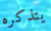
يتذكره